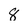
Character: 8